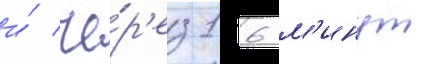
и́ че́р'ез 16 м'инут